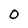
Character: 0